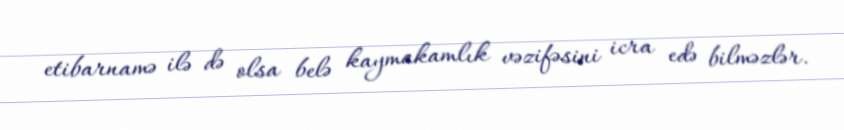
etibarnamə ilə də olsa belə kaymakamlık vəzifəsini icra edə bilməzlər.